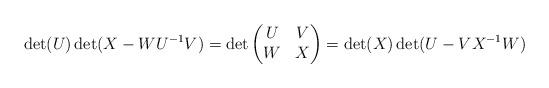
LaTeX: \begin{align*}\det(U)\det(X-WU^{-1}V)=\det\begin{pmatrix} U & V \\ W & X \end{pmatrix} = \det(X)\det(U-VX^{-1}W)\end{align*}